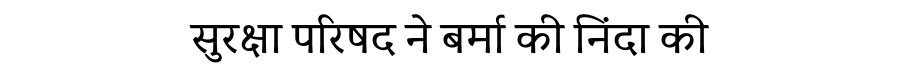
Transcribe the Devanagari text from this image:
सुरक्षा परिषद ने बर्मा की निंदा की